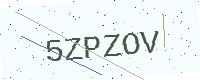
Text: 5ZPZOV